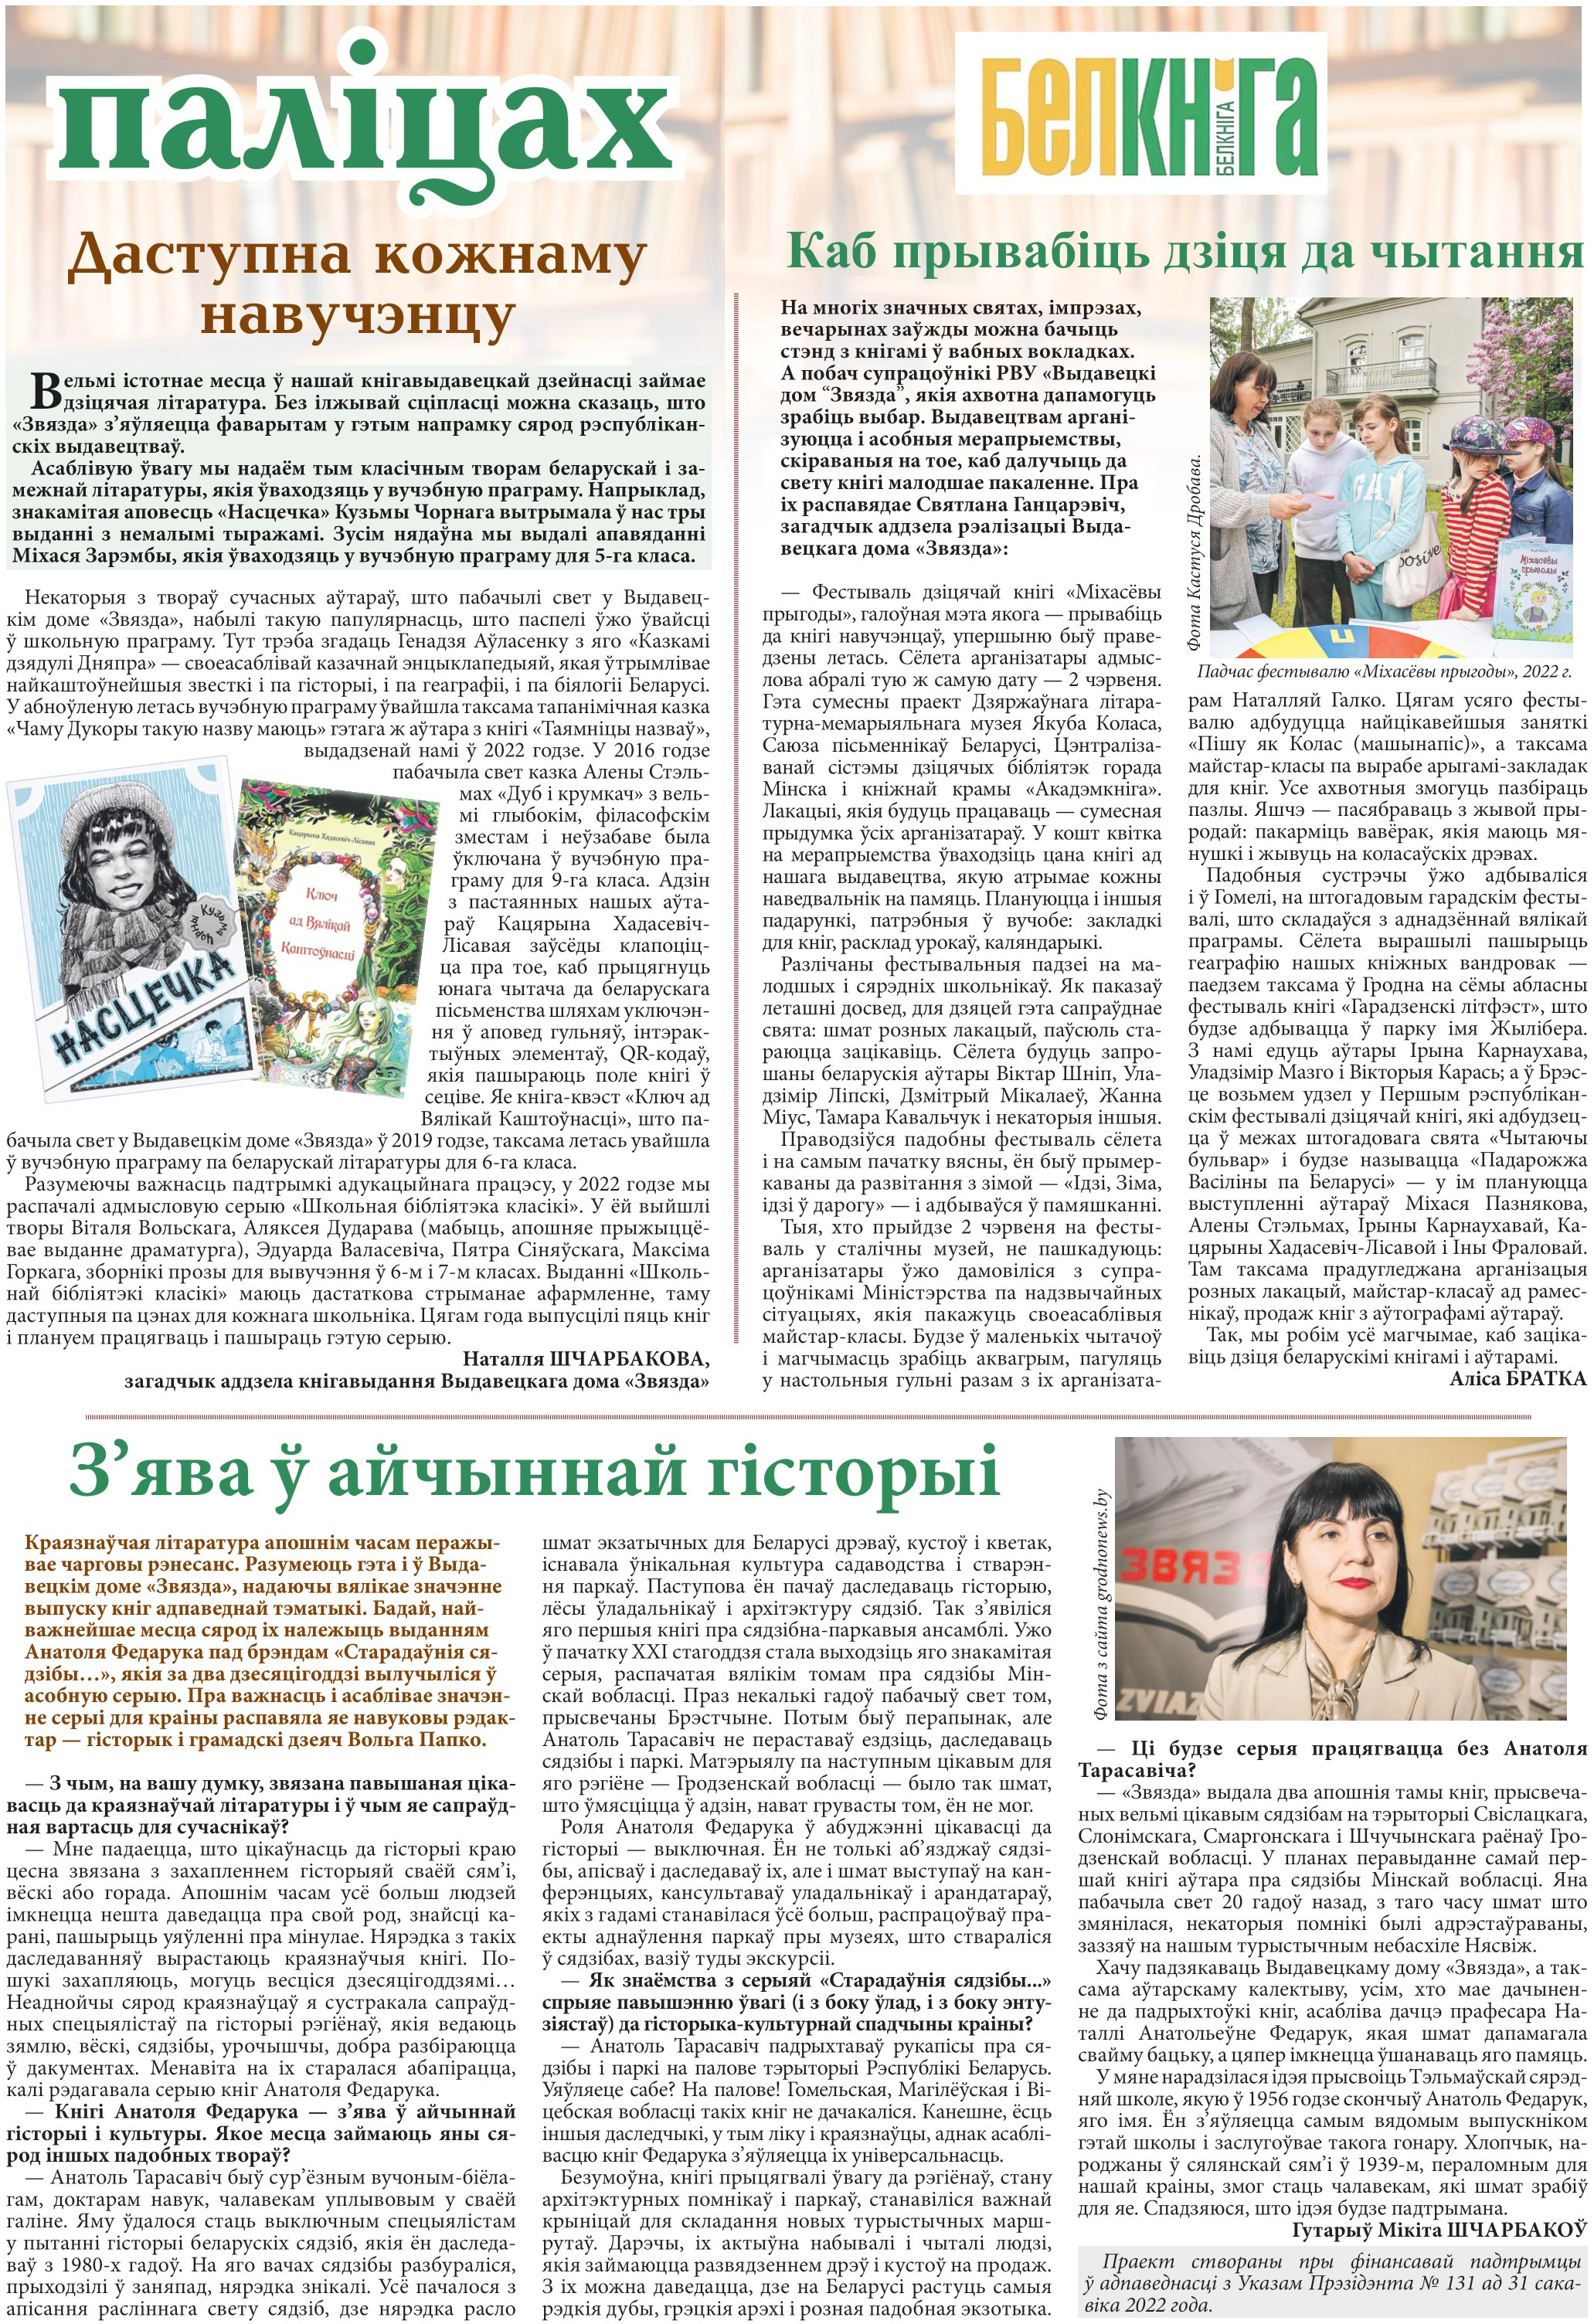
Language: be